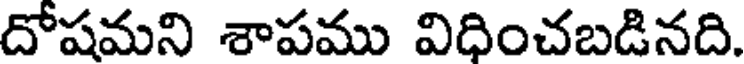
దోషమని శాపము విధించబడినది.